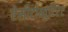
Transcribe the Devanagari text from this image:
ऐसीटोब्युटिरेट